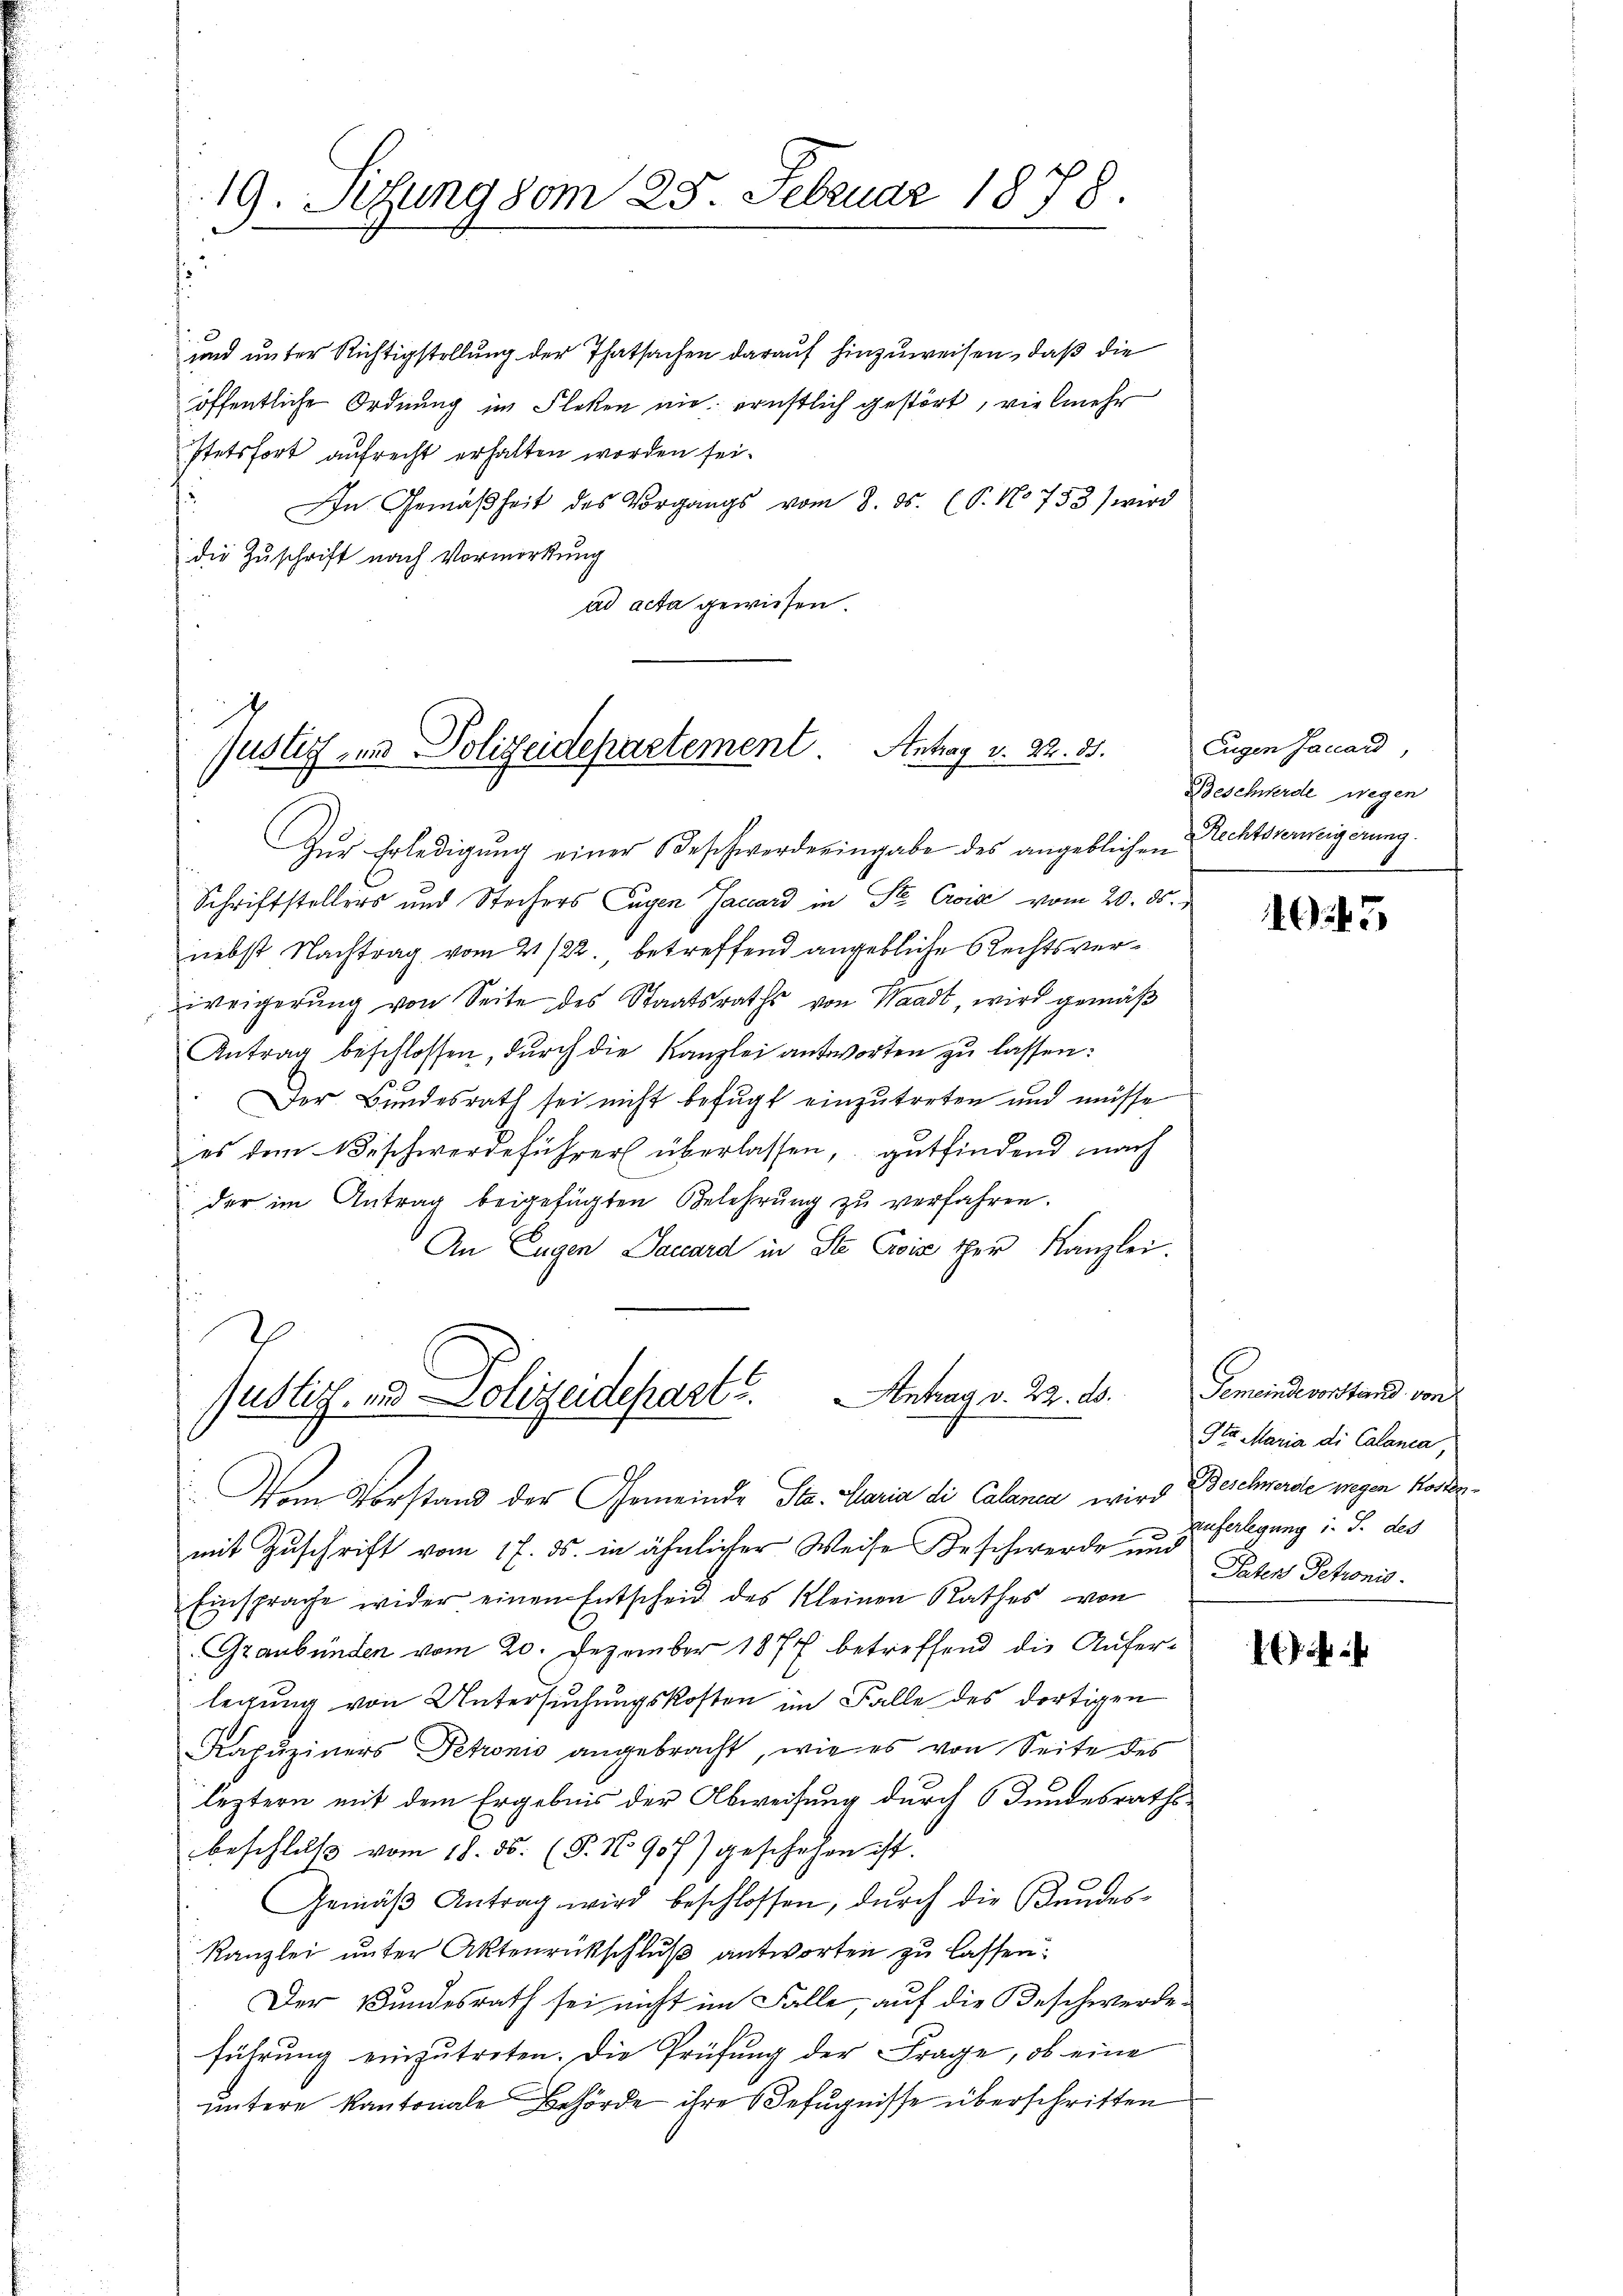
19. Stung vom 25. Februar 1878.

und unter Richtigstellung der Thatsachen darauf hinzuweisen, daß die
öffentliche Ordnung im Fleken nie ernstlich gestört, vielmehr
Itetsfort aufrecht erhalten worden sei.
In Gemäßheit des Vorgangs vom 8. ds. (T. No 753) wird
die Zuschrift nach Vormerkung
ad acta gewiesen.

x
Justiz- und Polizeidepartement. Antrag v. 22. 85.

Zŭr Erledigung einer Beschwerde eingabe des angeblichen Rechtsvereigerung
Schriftstellers und Stechers Eugen Jaccard in St. Crois vom 20. ds.
nebst Nachtrag vom 21/22., betreffend angebliche Rechtsverweigerung von Seite des Staatsraths von Waadt, wird gemäß
Antrag beschlossen, durch die Kanzlei antworten zu lassen:
Der Bundesrath sei nicht befugt einzutreten und müsse
es dem Beschwerdeführer überlassen, gutfindend nach
der im Antrag beigefügten Gelehrŭng zŭ verfahren.
An Eugen Saccard in Ste Croix ther Kanzlei.
Justiz- und Polizeidepart. Antrag v. 22. ds.

Vom Vorstand der Gemeinde Sta. Maria di Calanca wird Beschwerde wegen Kosten¬

mit Zuschrift vom 17. ds. in ähnlicher Weise Beschwerde und
Einsprache wider einen Entscheid des Kleinen Rathes von
Graubünden vom 20. Dezember 1877 betreffend die Auferlegung von Untersuchungskosten im Falle des dortigen
Kapuziners Petronis angebracht, wie es von Seite des
leztern mit dem Ergebnis der Abweisung durch Bundesrathsbeschlŭβ vom 18. ds. (§. N. 907) geschehen ist.
Gemäβ Antrag wird beschlossen, durch die Kundes-
Kanzlei unter Aktenrückschluß antworten zu lassen:
Der Bundesrath sei nicht im Falle, auf die Beschwerdeführung einzutreten. Die Prüfung der Frage, ob eine
untere Kantonale Behörde ihre Befugnisse überschritten

Eugen Jaccard,
Beschwerde wegen

5

Gemeindevorstand von
Ita Maria di Calanca,
auferlegung i. S. des
Paten Petronis.

i